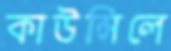
কাউন্সিলে